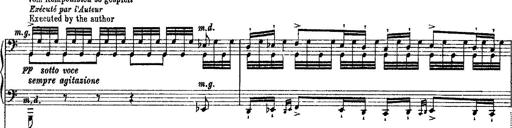
Title: Grande fantasie di bravura sur La clochette
Composer: Franz Liszt
Key: A minor